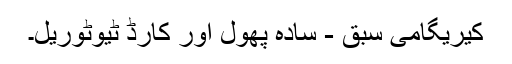
کیریگامی سبق - سادہ پھول اور کارڈ ٹیوٹوریل۔